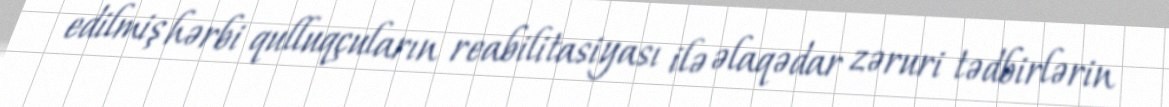
edilmiş hərbi qulluqçuların reabilitasiyası ilə əlaqədar zəruri tədbirlərin